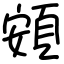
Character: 頞